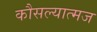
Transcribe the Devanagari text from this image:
कौसल्यात्मज